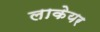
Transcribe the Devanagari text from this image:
लाकेयर